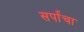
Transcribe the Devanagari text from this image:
सर्पांचा